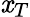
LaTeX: \mathit{x}_{T}